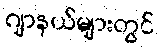
ဂျာနယ်များတွင်